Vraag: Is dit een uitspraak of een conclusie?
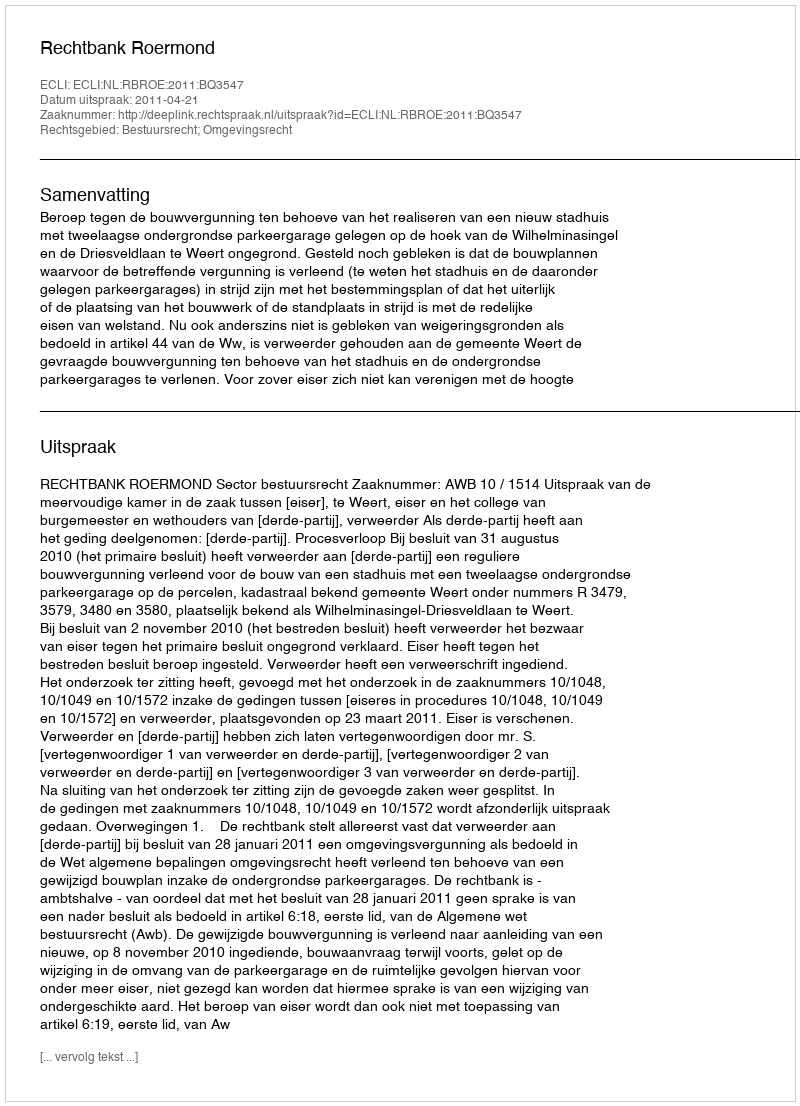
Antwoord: Uitspraak